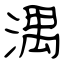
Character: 湡